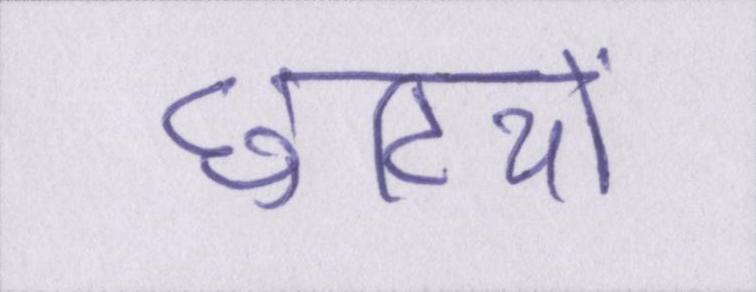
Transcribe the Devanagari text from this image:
छुटियों